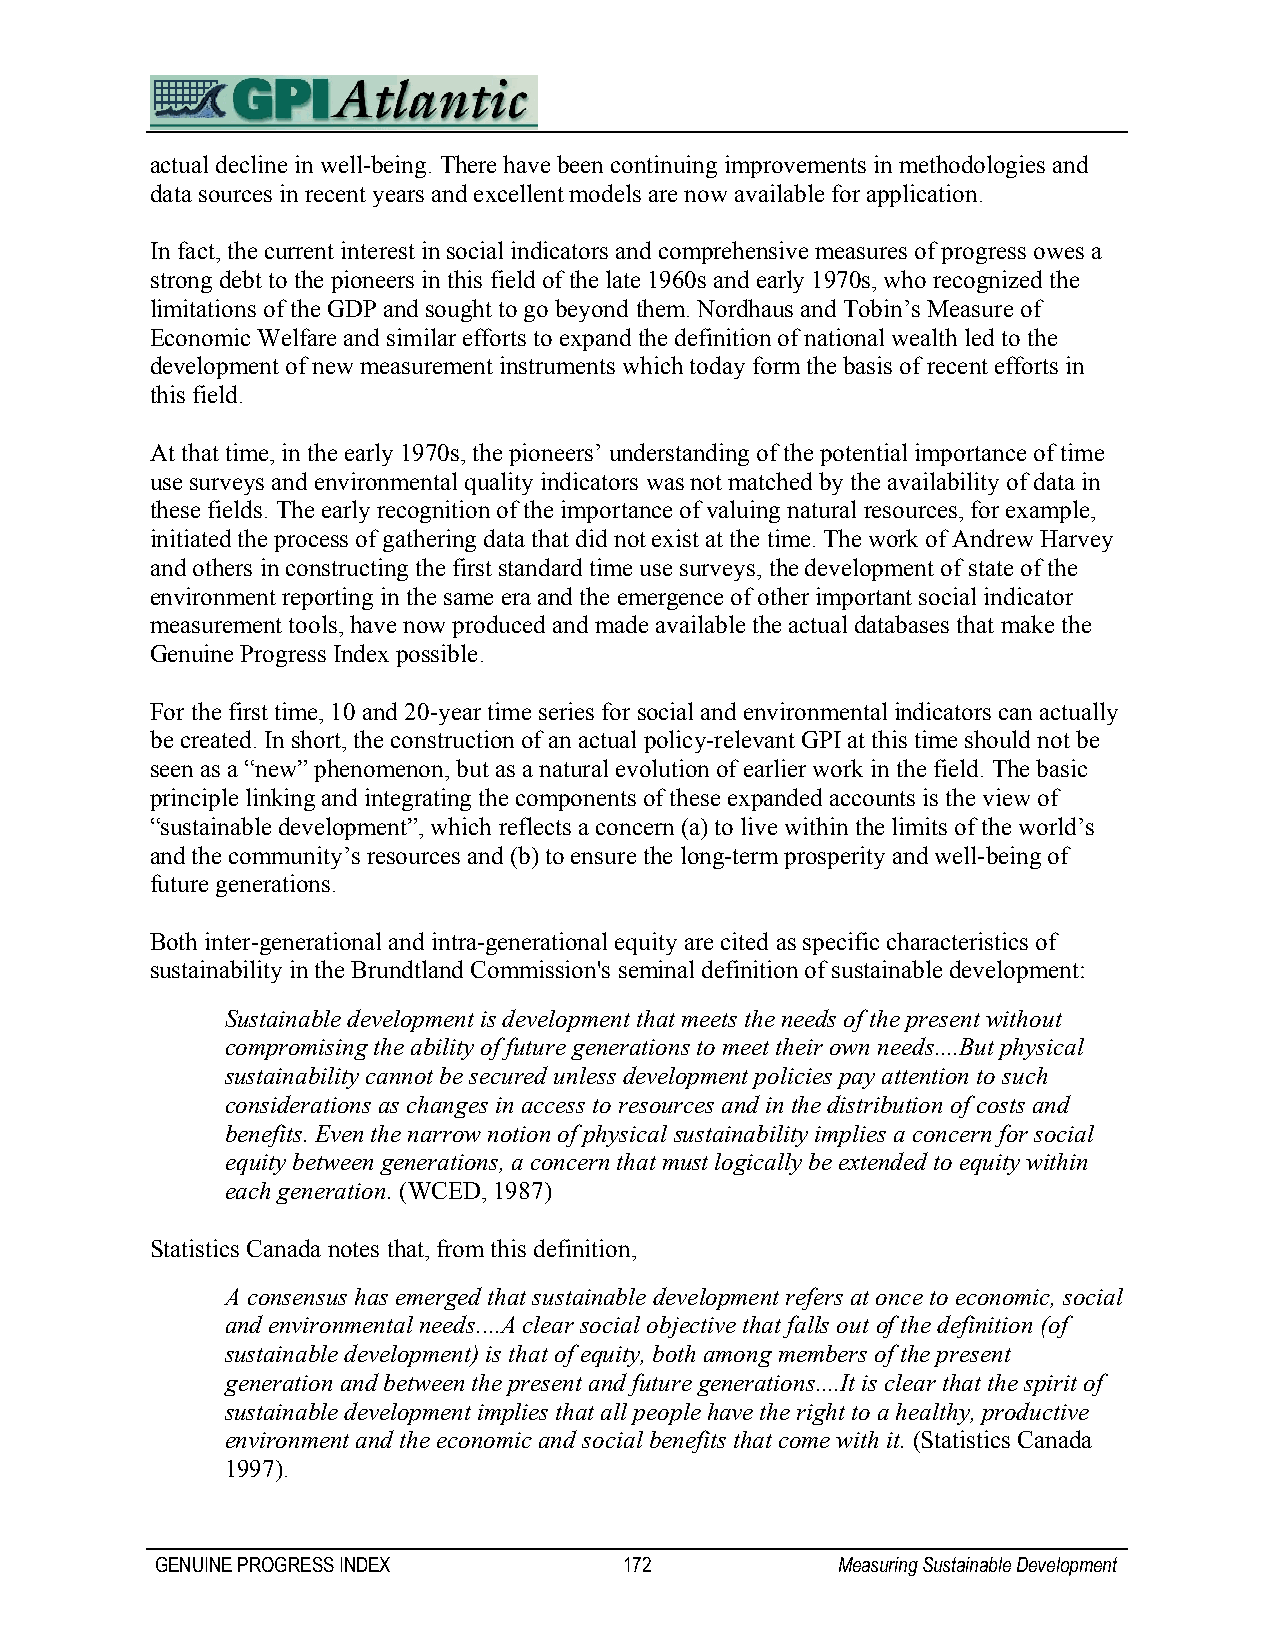
actual decline in well-being. There have been continuing improvements in methodologies and
 data sources in recent years and excellent models are now available for application.
 In fact, the current interest in social indicators and comprehensive measures of progress owes a
 strong debt to the pioneers in this field of the late 1960s and early 1970s, who recognized the
 limitations of the GDP and sought to go beyond them. Nordhaus and Tobin’s Measure of
 Economic Welfare and similar efforts to expand the definition of national wealth led to the
 development of new measurement instruments which today form the basis of recent efforts in
 this field.
 At that time, in the early 1970s, the pioneers’ understanding of the potential importance of time
 use surveys and environmental quality indicators was not matched by the availability of data in
 these fields. The early recognition of the importance of valuing natural resources, for example,
 initiated the process of gathering data that did not exist at the time. The work of Andrew Harvey
 and others in constructing the first standard time use surveys, the development of state of the
 environment reporting in the same era and the emergence of other important social indicator
 measurement tools, have now produced and made available the actual databases that make the
 Genuine Progress Index possible.
 For the first time, 10 and 20-year time series for social and environmental indicators can actually
 be created. In short, the construction of an actual policy-relevant GPI at this time should not be
 seen as a “new” phenomenon, but as a natural evolution of earlier work in the field. The basic
 principle linking and integrating the components of these expanded accounts is the view of
 “sustainable development”, which reflects a concern (a) to live within the limits of the world’s
 and the community’s resources and (b) to ensure the long-term prosperity and well-being of
 future generations.
 Both inter-generational and intra-generational equity are cited as specific characteristics of
 sustainability in the Brundtland Commission's seminal definition of sustainable development:
 Sustainable development is development that meets the needs of the present without
 compromising the ability of future generations to meet their own needs....But physical
 sustainability cannot be secured unless development policies pay attention to such
 considerations as changes in access to resources and in the distribution of costs and
 benefits. Even the narrow notion of physical sustainability implies a concern for social
 equity between generations, a concern that must logically be extended to equity within
 each generation. (WCED, 1987)
 Statistics Canada notes that, from this definition,
 A consensus has emerged that sustainable development refers at once to economic, social
 and environmental needs....A clear social objective that falls out of the definition (of
 sustainable development) is that of equity, both among members of the present
 generation and between the present and future generations....It is clear that the spirit of
 sustainable development implies that all people have the right to a healthy, productive
 environment and the economic and social benefits that come with it. (Statistics Canada
 1997).
 GENUINE PROGRESS INDEX         172           Measuring Sustainable Development